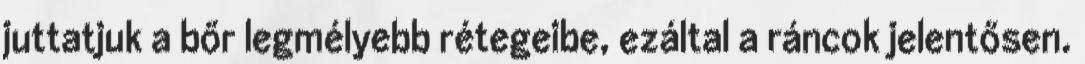
juttatjuk a bőr legmélyebb rétegeibe, ezáltal a ráncok jelentősen.